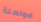
مواصلة